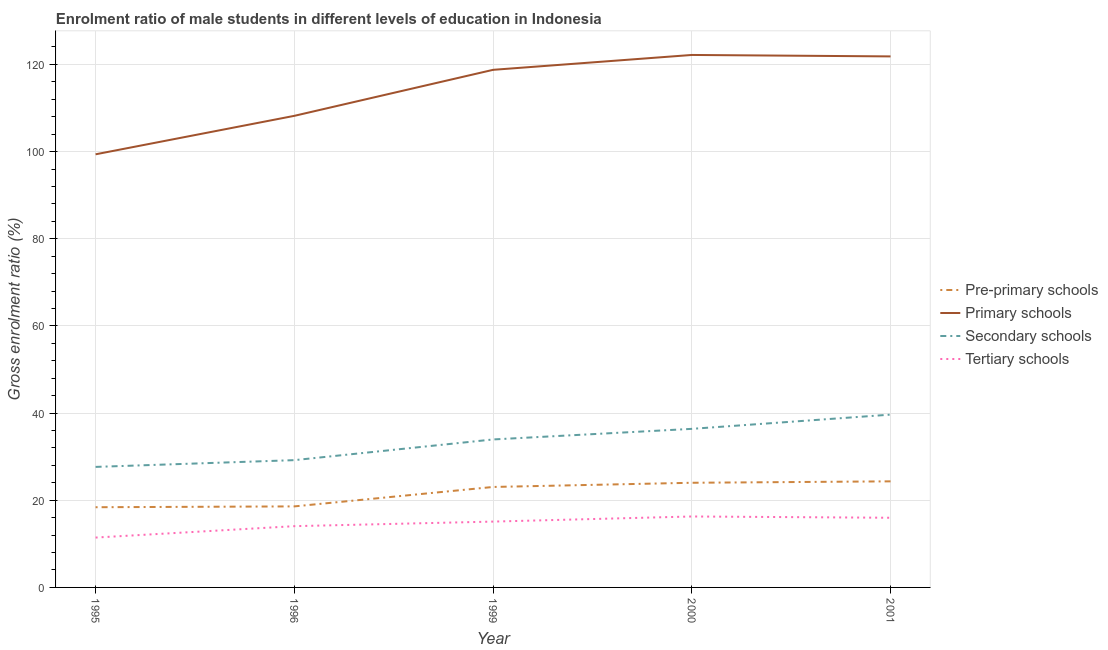
| Year | Pre-primary schools | Primary schools | Secondary schools | Tertiary schools |
 | --- | --- | --- | --- | --- |
 | 1995 | 18.4 | 99.4 | 27.7 | 11.4 |
 | 1996 | 18.6 | 108 | 29.2 | 14.1 |
 | 1999 | 23 | 119 | 34 | 15.1 |
 | 2000 | 24 | 122 | 36.4 | 16.3 |
 | 2001 | 24.3 | 122 | 39.6 | 16 |